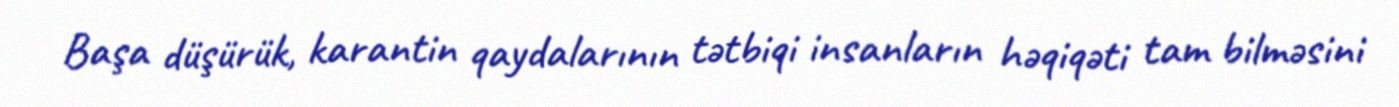
Başa düşürük, karantin qaydalarının tətbiqi insanların həqiqəti tam bilməsini